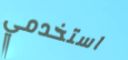
استخدمي